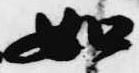
如